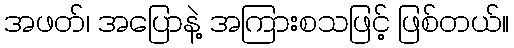
အဖတ်၊ အပြောနဲ့ အကြားစသဖြင့် ဖြစ်တယ်။